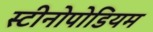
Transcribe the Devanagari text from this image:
स्टीनोपोडियम